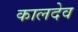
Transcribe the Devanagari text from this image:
कालदेव